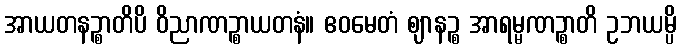
အာယတနဉ္စာတိပိ ဝိညာဏဉ္စာယတနံ။ ဧဝမေတံ ဈာနဉ္စ အာရမ္မဏဉ္စာတိ ဥဘယမ္ပိ